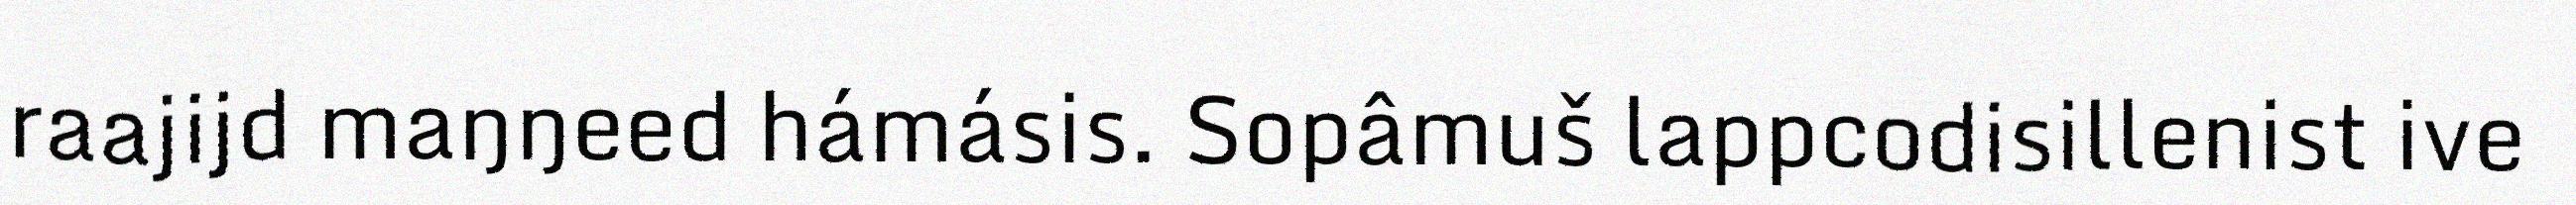
raajijd maŋŋeed hámásis. Sopâmuš lappcodisillenist ive